Vital statistics of India. Vol. VI, European troops 1870-79
Year: 1870
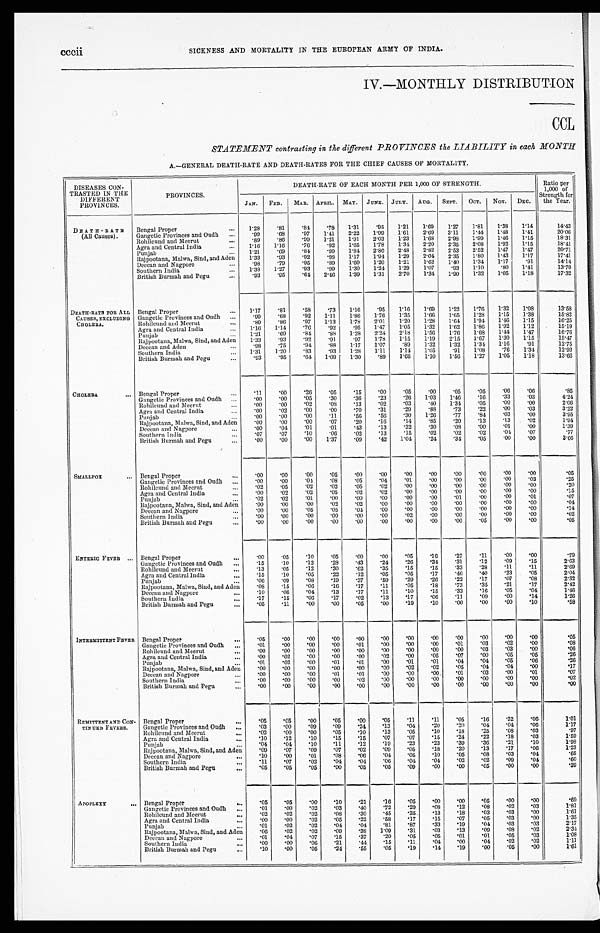
cccii SICKNESS AND MORTALITY IN THE EUROPEAN ARMY OF INDIA.
IV.—MONTHLY DISTRIBUTION
CCL
STATEMENT contrasting in the different PROVINCES the LIABILITY in each MONTH.
A.—GENERAL DEATH-RATE AND DEATH-RATES FOR THE CHIEF CAUSES OF MORTALITY.
DISEASES CON-
TRASTED IN THE
DIFFERENT
PROVINCES.
PROVINCES.
DEATH-RATE OF EACH MONTH PER 1,000 OF STRENGTH.
Ratio per
1,000 of
Strength for
the Year.
JAN. FEB. MAR. APRIL. MAY. JUNE. JULY. AUG. SEPT. OCT. NOV. DEC.
DEATH-RATE
(All Causes).
Bengal Proper
. . .
1.28 .81 .84 .78 1.31 .95 1.21 1.69 1.27 1.81 1.38 1.14
14.43
Gangetic Provinces and Oudh
. . . .99 .68 .97 1.41 2.22 1.99 1.61 2.69 3.11 1.44 1.48 1.41
20.06
Rohilcund and Meerut
. . . .89 .86 .99 l.21 1. 91
2.03
1.23 1.68 2.98 1.99 1.46 1.15
18.31
Agra and Central India
. . . 1.16 1.16 .76 .92 1.65 1.78 1.34 2.20 2.35 2.08 1.92 1.15
18.41
Punjab
. . . 1.21 .69 .84 .99 1.84 2.80 2.48
2.82 2.53 2.52 1.47 1.47
20.71
Rajpootana, Malwa, Sind, and Aden 1.33 .93 .92 .98 1.17 1.94 1.29
2.04 2.35 1.80 1.43 1.17
17.41
Deccan and Nagpore
. . .
. 9 8 .79 .95 .89 1.60 1.20 1.21 1.62 1.40 1.34 1.17 .91
14.14
Southern India
. . . 1.38 1.27 .93 .99 1.30 1.24 1.29 1.07 .93 1.10 .80 1.41
13.70
British Burmah and Pegu
. . . .93 .95 .64 2.46 1.39 1.31 2.70 1.34 1.90 1.32 1.05 118
17.32
DEATH-RATE FOR ALL
CAUSES, EXCLUDING
CHOLERA.
Bengal Proper
. . .
1.17 .81 .58 .73 1.16 .95 1.16 1.69 1.22 1.76 1.32
1 . 0 8
13.58
Gangetic Provinces and Oudh
. . . .99 .68 .92 1.11 1.86 1.76 1.35 1.66 1.65 1.28 1.15 1.38
15.82
Rohilcund and Meerut
. . . .89 .86 .97 1.13 1.78 2.01 1.20 1.28 1.64 1.94 1.46 1.15
16.25
Agra and Central India
. . . 1.16 1.14 .76 .92 .95 1.47 1.05 1.32 1.62 1.86 1.92 1.12
15.19
Punjab
. . . 1.21 .69 .84 .88 1.28 2.24 2.18 1.56 1.76 1.68 1.44 1.47
16.76
Rajpootana, Malwa, Sind, and Aden 1.33 .93 .92 .91
.97 1.78 1.15 1.19 2.15 1.67 1.30 1.15
15.47
Deccan and Aden
. . .
. 9 8 .75 .94 .88 1.17 1.07 .89 1.32 1.32 1.34 1.16 .91
12.75
Southern India
. . . 1.31 1.20 .83 .93 1.28
1 . 1 1 1.14 1.05 .91 1.08 .76 1.34
12.93
British Burmah and Pegu
. . .
. 9 3
.95 .64 1.09 1.30 .89 1.66 1.10 1.56 1.27 1.05 1.18
13.66
CHOLERA
. . .
Bengal Proper
. . .
. 1 1
.00 .26 .05 .15 .00 .05
. 0 0 .05 .05 .06 .06 .85
Gangetic Provinces and Oudh
. . . .00 .00 .05 .30 .36 .23 .26 1.03 1.46 .16 .33 .03
4.24
Rohilcund and Meerut
. . . .00 .00 .02 .08 .13 .02 .03 .40 1.34 .05 .00 .00
2.06
Agra and Central India
. . . .00 .02 .00 .00 .70 .31 .29 .88 .73 .22 .00 .03
3.22
Punjab
. . . .00 .00 .00 .11
.56 .56 .30 1.26 .77 .84 .03 .00
3.95
Rajpootana, Malwa, Sind, and Aden
.00 .00 .00 .07 .20 .16 .14 .85 .20 .13 .13 .02
1.94
Deccan and Nagpore
... .00 .04 .01 .01 .43 .13 .32 .30
. 0 8 .00 .01 .00
1.39
Southern India
. . . .07 .07 .10 .06 .02 .13 .15 .02 .02 .02 .04 .07
.77
British Burmah and Pegu
...
. 0 0 .00 .00 1.37 .09 .42 1.04 .24 .34 .05 .00 .00
3.66
SMALLPOX
. . .
Bengal Proper
...
. 0 0
.00 .00 .05 .00 .00
. 0 0
. 0 0 .00 .00 .00
. 0 0
.05
Gangetic Provinces and Oudh ... .00 .00 .04 .08 .05 .04 .01
. 0 0 .00 .00 .00 .03
.25
Rohilcund and Meerut
...
0 . 2 .05 .02 .02 .05 .02 .00 .00 .00 .00 .00 .00
.20
Agra and Central India
... .00 .02 .02 .05 .02 .02 .00 .00 .00 .00 .00 .00
.15
Punjab
... .02 .02 .01 .00 .00 .00
. 0 0 .00 .01
. 0 0 .00 .01
.07
Rajpootana, Malwa, Sind, and Aden .00 .00 .00 .02 .02 .00 .00
. 0 0 .00 .00 .00 .00
.04
Deccan and Nagpore
...
.00 .00 .05 .05
. 0 4 .00 .00
. 0 0
. 0 0 .00 .00 .00
.14
Southern India
... .00 .00 .00 .00 .00 .00 .02 .00
. 0 0 .00
. 0 0 .00
.02
British Burmah and Pegu
... .00 .00 .00 .00 .00
. 0 0 .00 .00 .00 .05 .00 .00
.05
ENTERIC FEVER
. . .
Bengal Proper
. . .
. 0 0 .05 .10 .05
. 0 0 .00 .05 .16 .27 .11 .00 .00
.79
Gangetic Provinces and Oudh ... .15 .10 .12 .28 .43 .24 .26 .34 .31 .12 .09 .15
2.63
Rohilcund and Meerut
... .13 .05 .12 .30 .62 .35 .15 .15 .33 .28 .11 .11
2.69
Agra and Central India
...
.15 .10 .05 .22 .12 .05 .05 .17 .46 .40 .23 .05
2.04
Punjab
... .06 .09 .08 .19 .37 .59 .29 .26 .22 .17 .07 .08
2.32
Rajpootana, Malwa, Sind, and Aden .08 .15 .06 .16 .17 .11 .05 .18 .73 .35
.21 .17
2.42
Deccan and Nagpore
... .10 .06 .04 .13 .17 .11 .10 .15 .33 .16 .05 .01
1.46
Southern India
... .17 .15 .06 .17 .02 .13 .17 .06 .11 .09 .00 .14
1.26
British Burmah and Pegu
... .05 .11 .00 .00 .05 .00 .19 .10 .00 .00 .00 .10
.58
INTERMITTENT FEVER Bengal Proper
... .05 .00 .00
. 0 0
. 0 0
. 0 0 .00 .00
. 0 0 .00
. 0 0 .00
.05
Gangetic Provinces and Oudh ... .01 .00 .00
.00 .01 .00 .00 .00 .01 .03 .02 .00
.08
Rohilcund and Meerut
. . .
. 0 0 .00 .00 .00 .00 .00 .00 .00 .00 .03 .03 .00
.06
Agra and Central India
...
. 0 0 .02 .00 .00 .00 .02
. 0 0 .05 .07 .00 .05 .05
.26
Punjab
... .01 .02 .00 .01 .01 .00 .01 .01 .04 .04 .05 .06
.26
Rajpootana, Malwa, Sind, and Aden
. 0 0
. 0 0
. 0 0 .00 .00 .00 .02 .02 .05 .04 .04 .00
.17
Deccan and Nagpore
... .00 .00 .00 .01
.01 .00 .00
. 0 0 .01 .03 .00 .01
.07
Southern India
. . . .00 .00 .00
. 0 0 .02 .00 .00 .00 .00 .00 .00 .00
.02
British Burmah and Pegu
. . . .00 .00
. 0 0 .00
. 0 0 .00 .00 .00 .00 .00 .00
. 0 0
.00
REMITTENT AND CON-
TINUED FEVERS.
Bengal Proper
... .05 .05 .00 .05
. 0 0 .05 .11
.11 .05 .16 .32 .00
1.01
Gangetic Provinces and Oudh ... .03 .00 .09 .09 .24 .13 .04 .20 .20 .04 .04 .06
1.17
Rohilcund and Meeru
... .02 .00 .00 .05
10 .13 .05 .10 .18 .25
18 .03
.97
Agra and Central India
... .10 .12 .10 .15 .15 .07 .07 .15 .24 .22 .18 .03
1.59
Punjab
. . . .04 .04 .10 .11 .12 .19 .23 .23 .39 .36 .21 .10
1.98
Rajpootana, Malwa, Sind, and Aden
.09 .07 .09 .07 .02 .09 .05 .18 .20 .13 .17 .06
1.23
Deccan and Nagpore
... .10 .00 .01 .08 .06 .04 .05 .10 .05 .08 .03 .04
.65
Southern India
...
. 1 1 .07 .02 .04 .04 .06 .04 .04 .02 .02 .09
. 0 4
.60
British Burmah and Pegu
... .05 .05 .05
. 0 0 .05 .05 .09 .00 .00 .05
. 0 0
. 0 0
.39
APOPLEXY
... Bengal Proper
... .05 .05 .00 .10 .21 .16 .05 .00 .00 .05 .00 .00
.69
Gangetic Provinces and Oudh ... .01 .00 .02 .03 .40 .72 .29 .08 .12 .08 .02 .03
1.81
Rohilcund and Meerut
... .02 .02 .02 .08 .30 .45 .35 .13 .18 .03 .03 .00
1.61
Agra and Central India
... .00 .00 .02 .05 .22 .58 .17 .15 .07 .05 .03 .00
1.35
Punjab
... .01 .02 .02 .04 .04 .81 .87 .33 .19 .04 .03 .03
2.17
Rajpootana, Malwa, Sind, and Aden .06 .02 .02 .09 .38 1.09 .31 .03 .13 .09 .08 .02
2.34
Deccan and Nagpore
. . . .01 .04 .07 .15 .37 .20 .05 .05 .01 .01 .05 .03
1.08
Southern India
. . . .00 .00 .06 .21 .44 .15 .11 .04 .00 .04 .02 .02
1.11
British Burmah and Pegu
. . . .10 .00 .05 .24 .55 .05 .19 .14 .19 .00 .05 .00
1.61